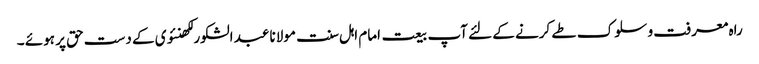
راہ معرفت و سلوک طے کرنے کے لئے آپ بیعت امام اہل سنت مولانا عبد الشکور لکھنئوی کے دست حق پر ہوئے ۔